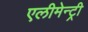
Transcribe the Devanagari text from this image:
एलीमेन्ट्री